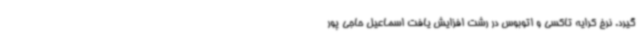
گیرد. نرخ کرایه تاکسی و اتوبوس در رشت افزایش یافت اسماعیل حاجی پور